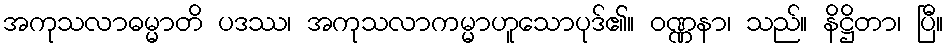
အကုသလာဓမ္မာတိ ပဒဿ၊ အကုသလာကမ္မာဟူသောပုဒ်၏။ ဝဏ္ဏနာ၊ သည်။ နိဋ္ဌိတာ၊ ပြီ။